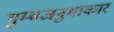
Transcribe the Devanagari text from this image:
गुम्बजनुमाकार